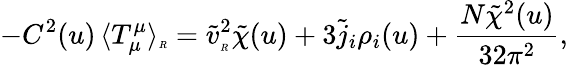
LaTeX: -C^{2}(u)\, \langle T_{\mu}^{\mu}\rangle_{\tiny R}=\tilde{v}_{\tiny R}^{2}\tilde{\chi}(u)+3\tilde{j}_{i}\rho_{i}(u)+\frac{N\tilde{\chi}^{2}(u)}{32\pi^{2}},